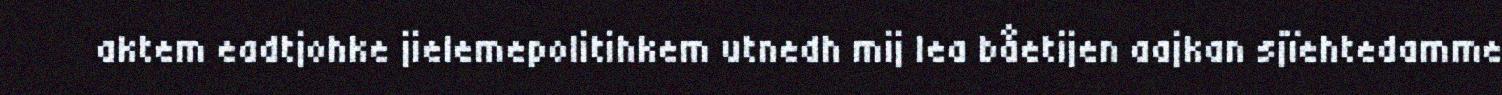
aktem eadtjohke jielemepolitihkem utnedh mij lea båetijen aajkan sjïehtedamme